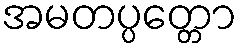
အမတပ္ပတ္တော